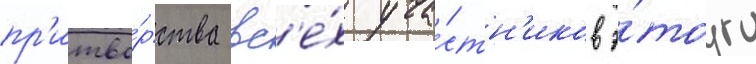
пр'итво́рства вс'е́х уча́стн'иков э́того